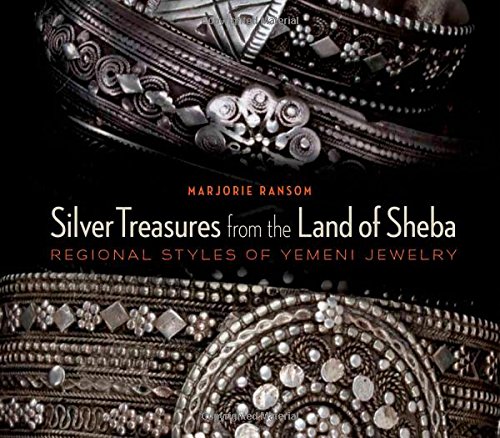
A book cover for Silver Treasures from the Land of Sheba: Regional Styles of Yemeni Jewelry; Marjorie Ransom; Crafts, Hobbies & Home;